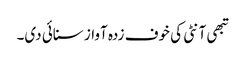
تبھی آنٹی کی خوف زدہ آواز سنائی دی۔